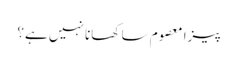
پیزا معصوم سا کھانا نہیں ہے؟